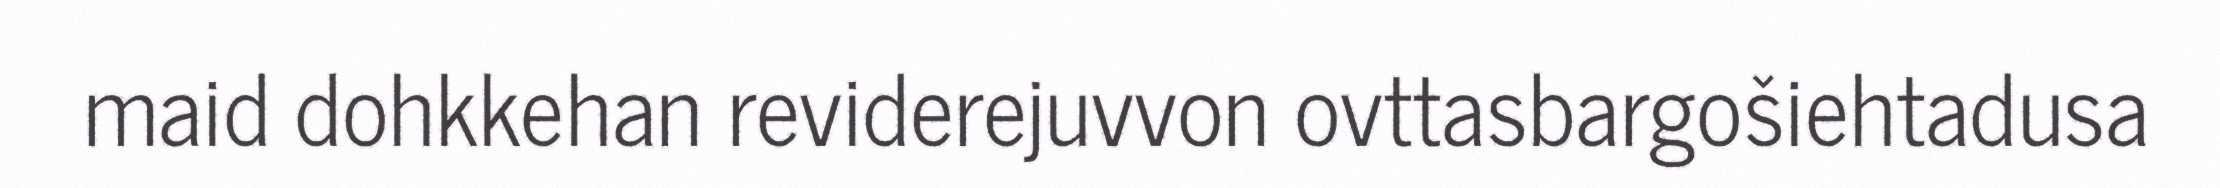
maid dohkkehan reviderejuvvon ovttasbargošiehtadusa